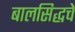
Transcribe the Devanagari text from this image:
बालसिद्धचे